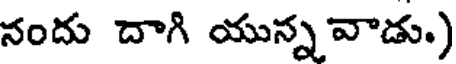
నందు దాగి యున్న వాడు.)